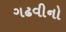
ગઢવીનો